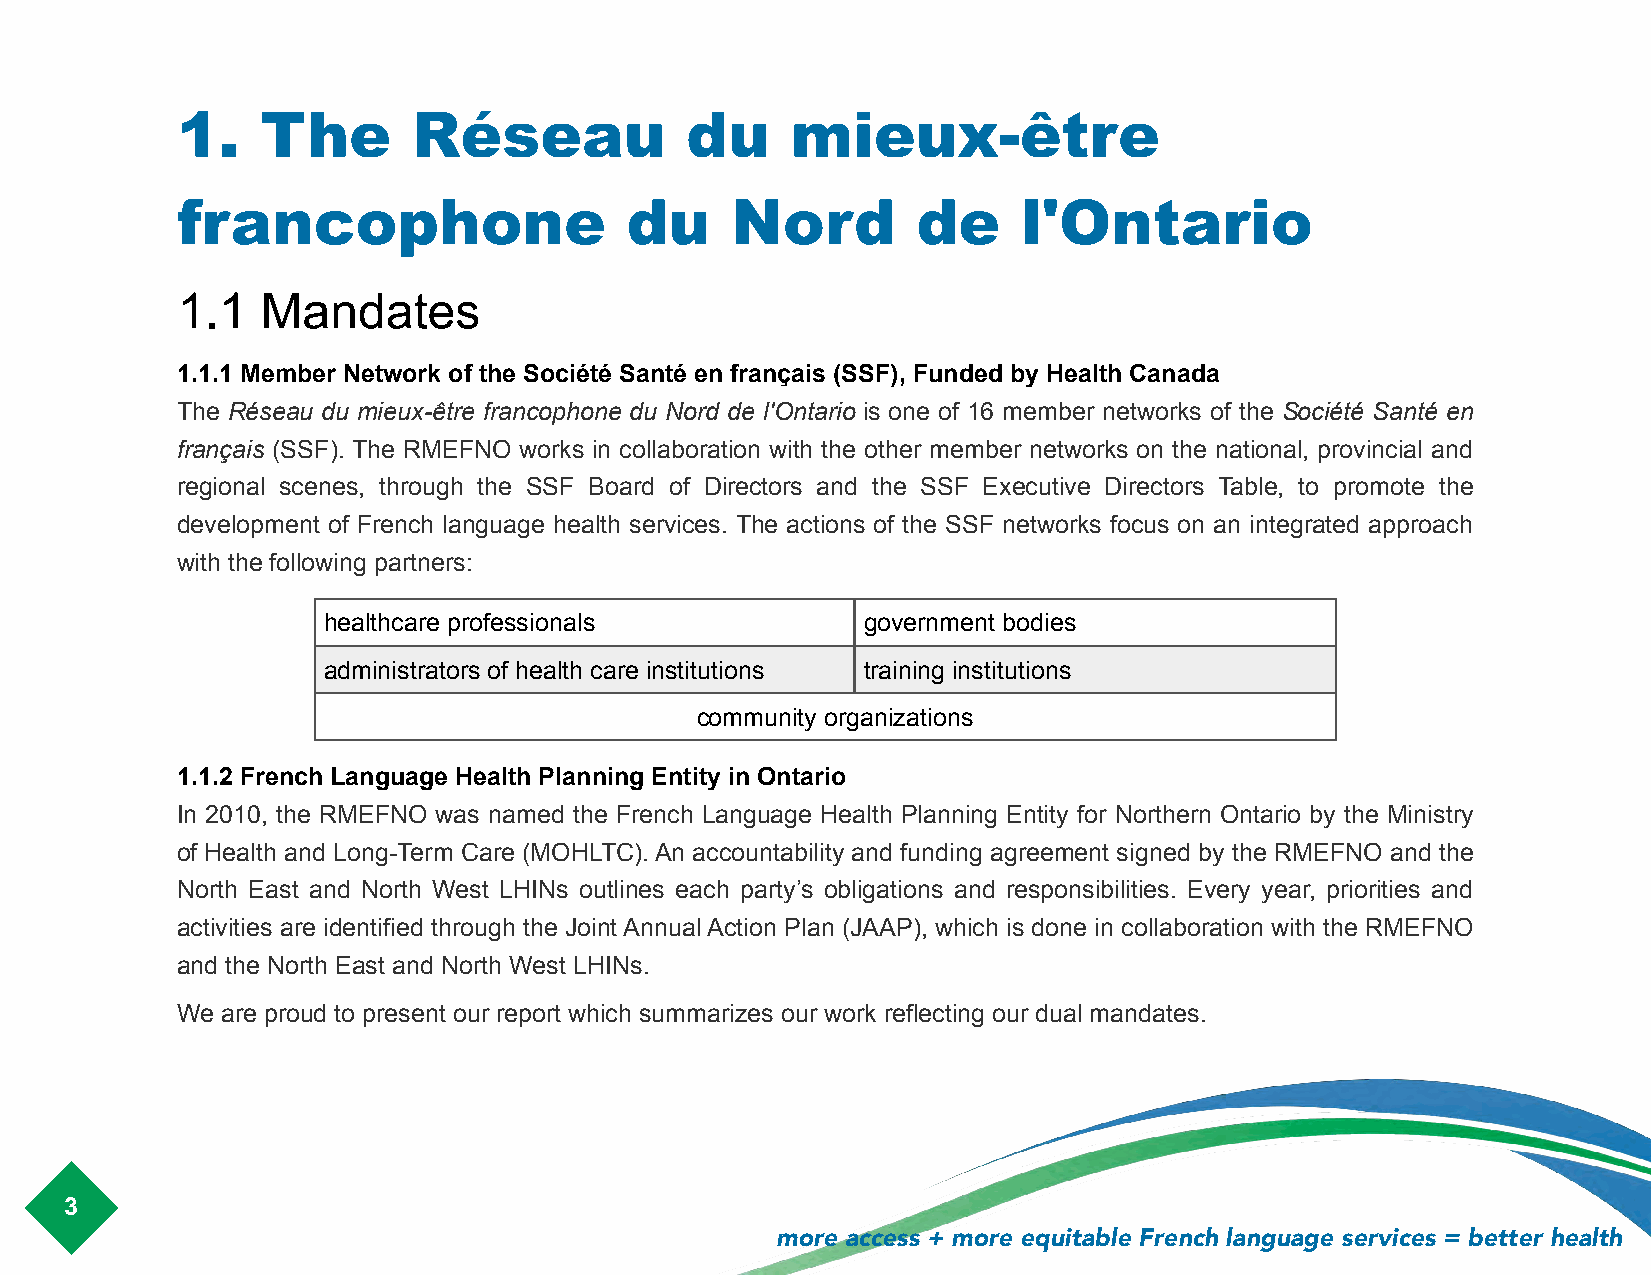
1.   The       Réseau            du     mieux-être
 francophone                  du     Nord         de     l'Ontario
 1.1  Mandates
 1.1.1 Member Network of the Société Santé en français (SSF), Funded by Health Canada
 The Réseau du mieux-être francophone du Nord de l'Ontario is one of 16 member networks of the Société Santé en
 français (SSF). The RMEFNO works in collaboration with the other member networks on the national, provincial and
 regional scenes, through the SSF Board of Directors and the SSF Executive Directors Table, to promote the
 development of French language health services. The actions of the SSF networks focus on an integrated approach
 with the following partners:
 healthcare professionals            government bodies
 administrators of health care institutions training institutions
 community organizations
 1.1.2 French Language Health Planning Entity in Ontario
 In 2010, the RMEFNO was named the French Language Health Planning Entity for Northern Ontario by the Ministry
 of Health and Long-Term Care (MOHLTC). An accountability and funding agreement signed by the RMEFNO and the
 North East and North West LHINs outlines each party’s obligations and responsibilities. Every year, priorities and
 activities are identified through the Joint Annual Action Plan (JAAP), which is done in collaboration with the RMEFNO
 and the North East and North West LHINs.
 We are proud to present our report which summarizes our work reflecting our dual mandates.
 !
 3
 more access + more equitable French language services = better health